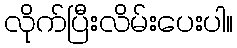
လိုက်ပြီးလိမ်းပေးပါ။